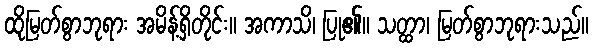
ထိုမြတ်စွာဘုရား အမိန့်ရှိတိုင်း။ အကာသိ၊ ပြု၏။ သတ္ထာ၊ မြတ်စွာဘုရားသည်။